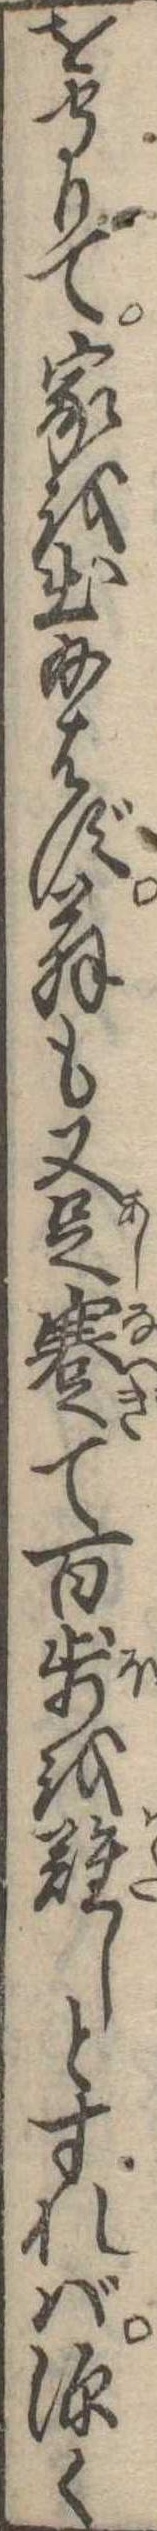
を守りて家を出給はず翁も又足蹇て百歩を難しとすれば深く